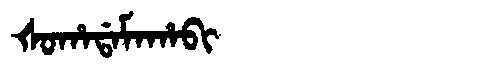
Manchu: ᡧᠣᡥᠠᡩᠠᠮᠠᡥᠠᠪᡳ
Romanization: ŠOHADAMAHABI